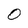
Character: O